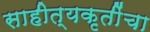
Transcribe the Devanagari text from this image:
साहीत्यकृतींचा